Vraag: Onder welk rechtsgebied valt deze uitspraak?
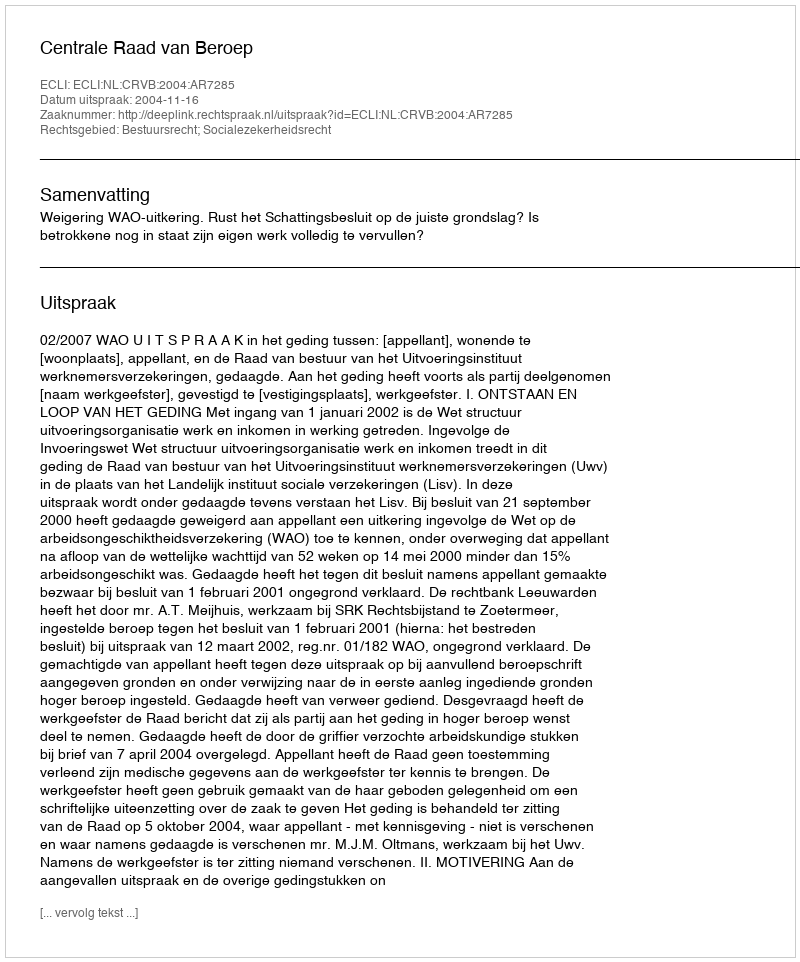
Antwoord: Bestuursrecht; Socialezekerheidsrecht